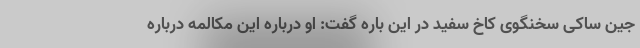
جین ساکی سخنگوی کاخ سفید در این باره گفت: او درباره این مکالمه درباره